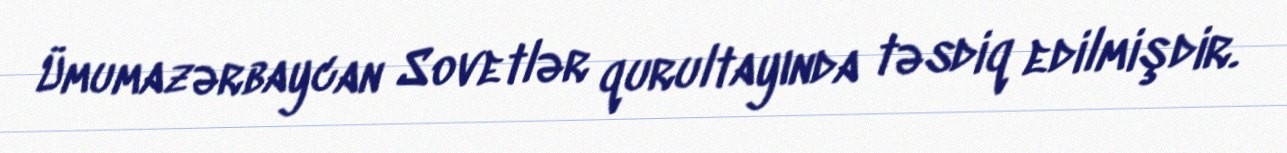
Ümumazərbaycan Sovetlər qurultayında təsdiq edilmişdir.